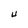
Character: U